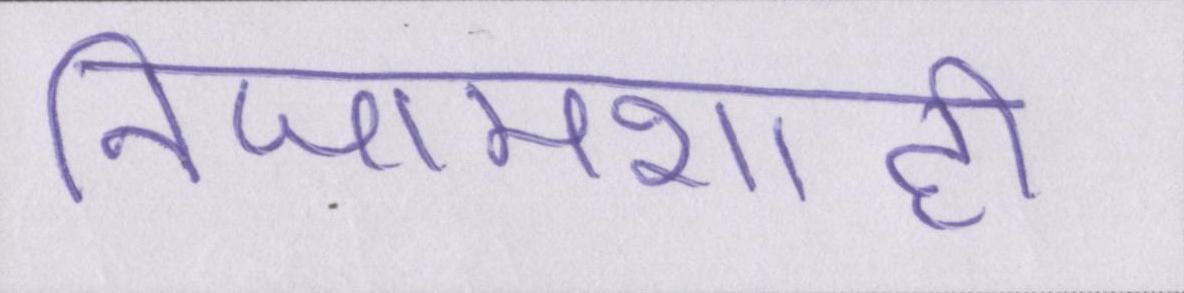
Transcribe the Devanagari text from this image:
निजामशाही